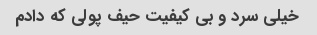
خیلی سرد و بی کیفیت حیف پولی که دادم